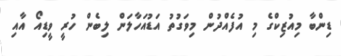
ޑިންބާ މިއުޒިކްގެ މި އުފެއްދުން މިވަގުތު އަޑުއަހާލަން ލިބެން ހުރީ ވީޑިއޯ އާއި